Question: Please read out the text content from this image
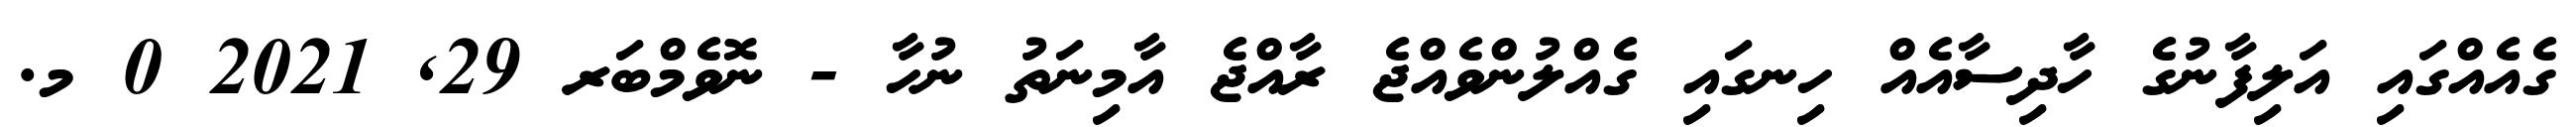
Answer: ގެއެއްގައި އަލިފާނުގެ ހާދިސާއެއް ހިނގައި ގެއްލުންވެއްޖެ ރާއްޖެ އާމިނަތު ނުހާ - ނޮވެމްބަރ 29, 2021 0 މ.